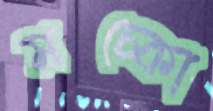
মচ্‌কো